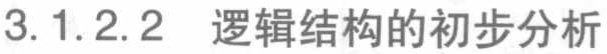
3.1.2.2 逻辑结构的初步分析